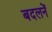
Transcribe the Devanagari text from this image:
बदलनें